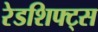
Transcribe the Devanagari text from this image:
रेडशिफ्ट्स